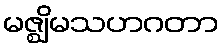
မဇ္ဈိမသဟဂတာ